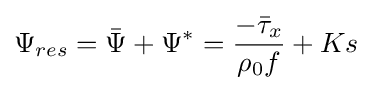
{\begin{aligned}\Psi _{res}={\bar {\Psi }}+\Psi ^{*}={\frac {-{\bar {\tau }}_{x}}{\rho _{0}f}}+Ks\end{aligned}}